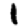
Digit: 1